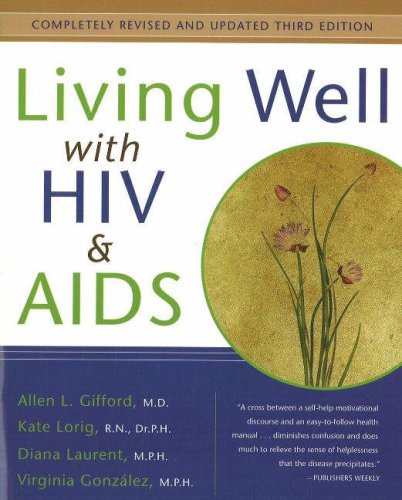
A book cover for Living Well with HIV & AIDS; Allen Gifford; Health, Fitness & Dieting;